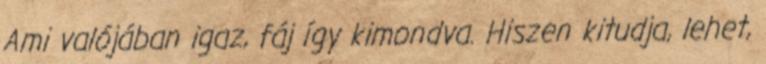
Ami valójában igaz, fáj így kimondva. Hiszen kitudja, lehet,